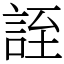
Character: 誈